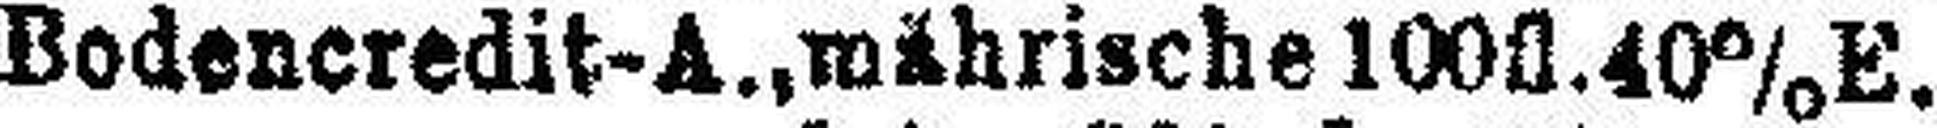
Bodencredit-A., mährische 100fl. 40% E.